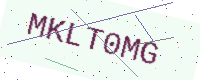
Text: MKLT0MG